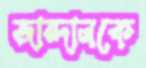
জান্দালকে